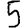
Digit: 5